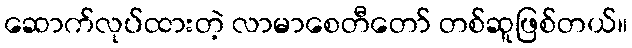
ဆောက်လုပ်ထားတဲ့ လာမာစေတီတော် တစ်ဆူဖြစ်တယ်။